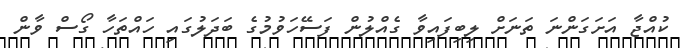
ކުއްޖާ އަށަގަންނަ ތަނަށް ލިބިފައިވާ ގެއްލުން ފަސޭހަވުމުގެ ބަދަލުގައި ހައްތަހާ ގޯސް ވާން